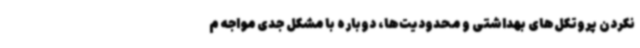
نکردن پروتکل‌های بهداشتی و محدودیت‌ها، دوباره با مشکل جدی مواجه م